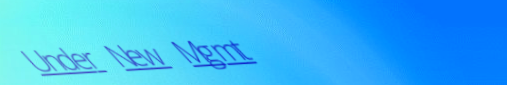
Under New Mgmt